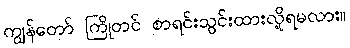
ကျွန်တော် ကြိုတင် စာရင်းသွင်းထားလို့ရမလား။